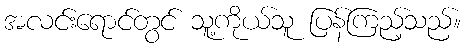
အလင်းရောင်တွင် သူ့ကိုယ်သူ ပြန်ကြည့်သည်။